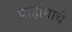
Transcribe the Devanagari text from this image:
पाहांगाचे